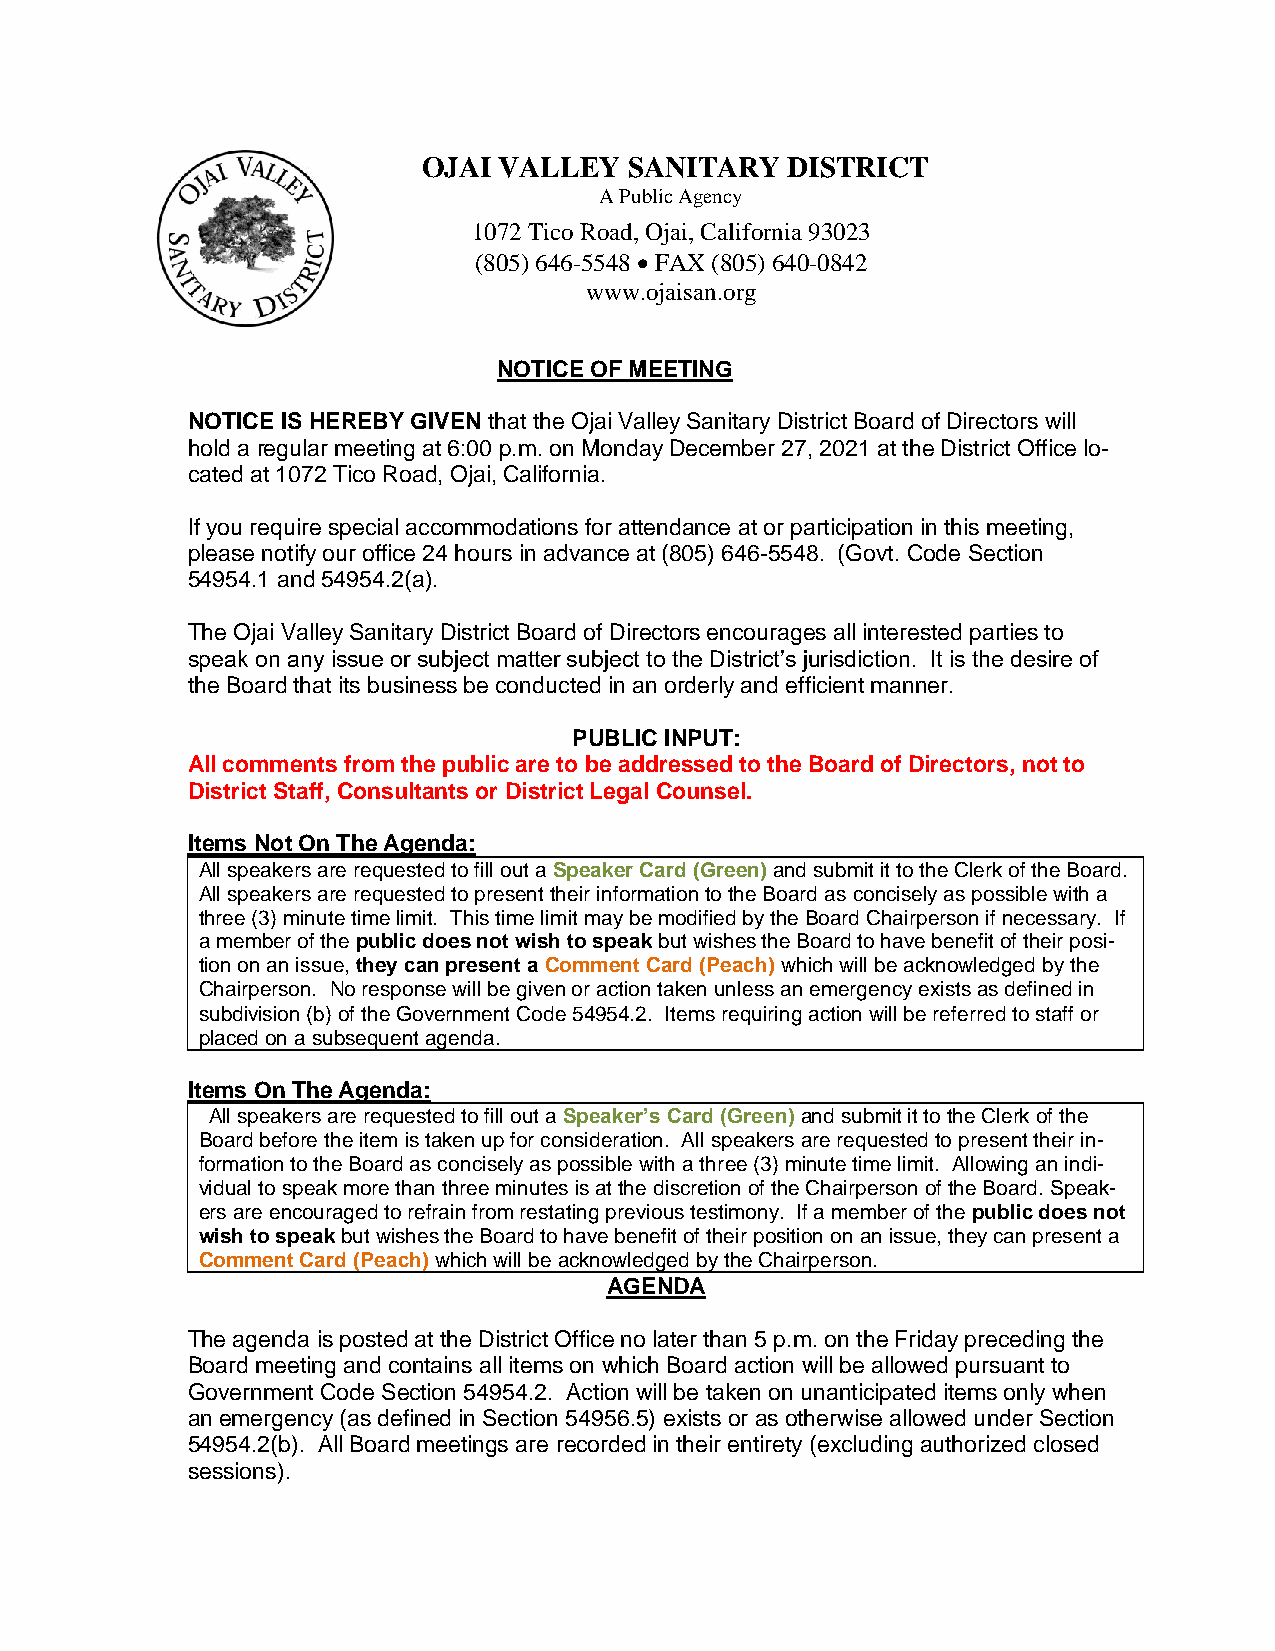
OJAI VALLEY   SANITARY  DISTRICT
 A Public Agency
 1072 Tico Road, Ojai, California 93023
 (805) 646-5548 • FAX (805) 640-0842
 www.ojaisan.org
 NOTICE OF MEETING
 NOTICE IS HEREBY GIVEN that the Ojai Valley Sanitary District Board of Directors will
 hold a regular meeting at 6:00 p.m. on Monday December 27, 2021 at the District Office lo-
 cated at 1072 Tico Road, Ojai, California.
 If you require special accommodations for attendance at or participation in this meeting,
 please notify our office 24 hours in advance at (805) 646-5548. (Govt. Code Section
 54954.1 and 54954.2(a).
 The Ojai Valley Sanitary District Board of Directors encourages all interested parties to
 speak on any issue or subject matter subject to the District’s jurisdiction. It is the desire of
 the Board that its business be conducted in an orderly and efficient manner.
 PUBLIC INPUT:
 All comments from the public are to be addressed to the Board of Directors, not to
 District Staff, Consultants or District Legal Counsel.
 Items Not On The Agenda:
 All speakers are requested to fill out a Speaker Card (Green) and submit it to the Clerk of the Board.
 All speakers are requested to present their information to the Board as concisely as possible with a
 three (3) minute time limit. This time limit may be modified by the Board Chairperson if necessary. If
 a member of the public does not wish to speak but wishes the Board to have benefit of their posi-
 tion on an issue, they can present a Comment Card (Peach) which will be acknowledged by the
 Chairperson. No response will be given or action taken unless an emergency exists as defined in
 subdivision (b) of the Government Code 54954.2. Items requiring action will be referred to staff or
 placed on a subsequent agenda.
 Items On The Agenda:
 All speakers are requested to fill out a Speaker’s Card (Green) and submit it to the Clerk of the
 Board before the item is taken up for consideration. All speakers are requested to present their in-
 formation to the Board as concisely as possible with a three (3) minute time limit. Allowing an indi-
 vidual to speak more than three minutes is at the discretion of the Chairperson of the Board. Speak-
 ers are encouraged to refrain from restating previous testimony. If a member of the public does not
 wish to speak but wishes the Board to have benefit of their position on an issue, they can present a
 Comment Card (Peach) which will be acknowledged by the Chairperson.
 AGENDA
 The agenda is posted at the District Office no later than 5 p.m. on the Friday preceding the
 Board meeting and contains all items on which Board action will be allowed pursuant to
 Government Code Section 54954.2. Action will be taken on unanticipated items only when
 an emergency (as defined in Section 54956.5) exists or as otherwise allowed under Section
 54954.2(b). All Board meetings are recorded in their entirety (excluding authorized closed
 sessions).